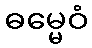
ဓမ္မေဝံ